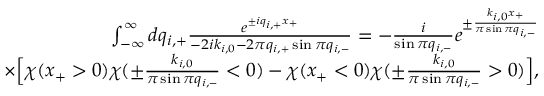
\begin{array} { r l r } & { } & { \int _ { - \infty } ^ { \infty } d q _ { i , + } \frac { e ^ { \pm i q _ { i , + } x _ { + } } } { - 2 i k _ { i , 0 } - 2 \pi q _ { i , + } \sin \pi q _ { i , - } } = - \frac { i } { \sin \pi q _ { i , - } } e ^ { \pm \frac { k _ { i , 0 } x _ { + } } { \pi \sin \pi q _ { i , - } } } } \\ & { } & { \quad \quad \quad \quad \times \Big [ \chi ( x _ { + } > 0 ) \chi ( \pm \frac { k _ { i , 0 } } { \pi \sin \pi q _ { i , - } } < 0 ) - \chi ( x _ { + } < 0 ) \chi ( \pm \frac { k _ { i , 0 } } { \pi \sin \pi q _ { i , - } } > 0 ) \Big ] , } \end{array}